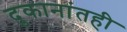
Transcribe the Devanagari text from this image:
दुकानांतही